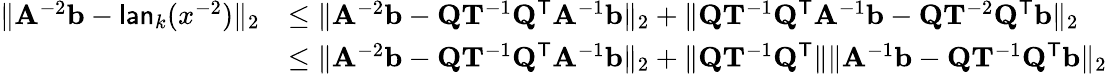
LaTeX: \begin{array}{rl}{\| \mathbf{A}^{-2}\mathbf{b}-\mathsf{lan}_{k}(x^{-2})\| _{2}}&{\leq\| \mathbf{A}^{-2}\mathbf{b}-\mathbf{Q}\mathbf{T}^{-1}\mathbf{Q}^{\mathsf{T}}\mathbf{A}^{-1}\mathbf{b}\| _{2}+\| \mathbf{Q}\mathbf{T}^{-1}\mathbf{Q}^{\mathsf{T}}\mathbf{A}^{-1}\mathbf{b}-\mathbf{Q}\mathbf{T}^{-2}\mathbf{Q}^{\mathsf{T}}\mathbf{b}\| _{2}}\\ &{\leq\| \mathbf{A}^{-2}\mathbf{b}-\mathbf{Q}\mathbf{T}^{-1}\mathbf{Q}^{\mathsf{T}}\mathbf{A}^{-1}\mathbf{b}\| _{2}+\| \mathbf{Q}\mathbf{T}^{-1}\mathbf{Q}^{\mathsf{T}}\| \| \mathbf{A}^{-1}\mathbf{b}-\mathbf{Q}\mathbf{T}^{-1}\mathbf{Q}^{\mathsf{T}}\mathbf{b}\| _{2}}\end{array}